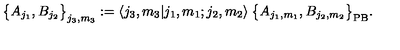
\big \{ A _ { j _ { 1 } } , B _ { j _ { 2 } } \big \} _ { j _ { 3 } , m _ { 3 } } : = \langle j _ { 3 } , m _ { 3 } | j _ { 1 } , m _ { 1 } ; j _ { 2 } , m _ { 2 } \rangle \: \big \{ A _ { j _ { 1 } , m _ { 1 } } , B _ { j _ { 2 } , m _ { 2 } } \big \} _ { \mathrm { P B } } .